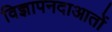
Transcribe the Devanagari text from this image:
विज्ञापनदाआतों